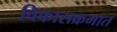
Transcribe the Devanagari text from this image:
विकासक्रमात